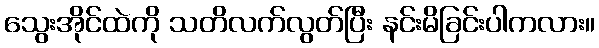
သွေးအိုင်ထဲကို သတိလက်လွတ်ပြီး နင်းမိခြင်းပါကလား။